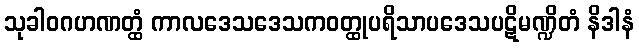
သုခါဝဂဟဏတ္ထံ ကာလဒေသဒေသကဝတ္ထုပရိသာပဒေသပဋိမဏ္ဍိတံ နိဒါနံ